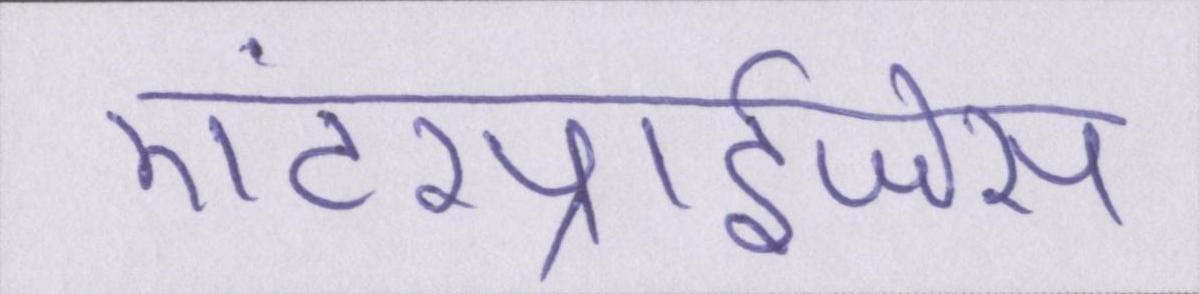
एंटरप्राईजेस